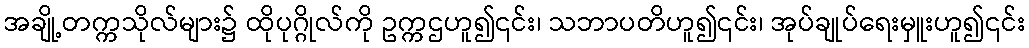
အချို့တက္ကသိုလ်များ၌ ထိုပုဂ္ဂိုလ်ကို ဥက္ကဌဟူ၍၎င်း၊ သဘာပတိဟူ၍၎င်း၊ အုပ်ချုပ်ရေးမှူးဟူ၍၎င်း